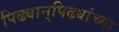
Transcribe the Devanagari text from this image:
पिढ्यान्‌पिढ्यांच्या